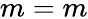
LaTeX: m=m